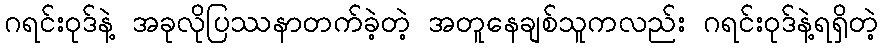
ဂရင်းဝုဒ်နဲ့ အခုလိုပြဿနာတက်ခဲ့တဲ့ အတူနေချစ်သူကလည်း ဂရင်းဝုဒ်နဲ့ရရှိတဲ့